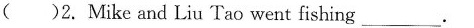
（）2. Mike and Liu Tao went fishing ___.